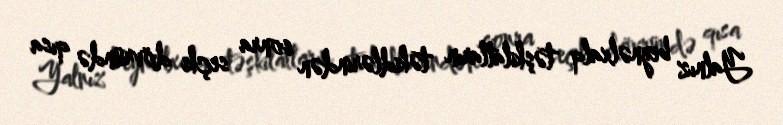
Yalnız beynəlxalq təşkilatların təkidlərindən sonra seçki dövründə qısa